Indian journal of veterinary science and animal husbandry - Volumes 15-17, 1948-1951
Year: 1948
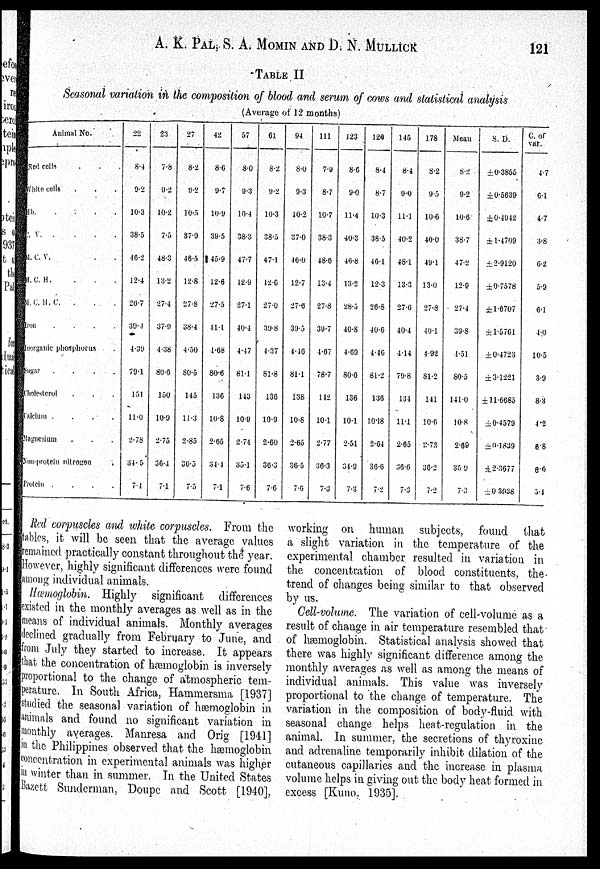
A. K. PAL, S. A. MOMIN AND D. N.
MULLICK
121
TABLE II
Seasonal variation in the composition of blood and serum of cows and statistical analysis
(Average of 12 months)
Animal No.
Red cells . . .
White cells . . .
Hb. . . . .
C.
V.
.
.
.
.
M. C. V. . .
M. C. H. . . . .
M. C. H. C. . . .
Iron
.
.
.
.
Inorganic phosphorus .
Sugar
.
.
.
.
Cholesterol . . .
Calcium
.
.
.
.
Magnesium . . .
Non-protein nitrogen .
Protein
.
.
.
.
22
8.4
9.2
10.3
38.5
46.2
12.4
26.7
39.4
4.39
79.1
151
11.0
2.78
34.5
7.4
23
7.8
9.2
10.2
7.5
48.3
13.2
27.4
37.9
4.38
80.6
150
10.9
2.75
36.4
7.1
27
8.2
9.2
10.5
37.9
46.5
12.8
27.8
38.4
4.50
80.5
145
11.3
2.85
36.5
7.5
42
8.6
9.7
10.9
39.5
45.9
12.6
27.5
41.1
4.68
80.6
136
10.8
2.65
34.4
7.1
57
8.0
9.3
10.4
38.3
47.7
12.9
27.1
40.4
4.47
81.1
143
10.9
2.74
35.1
7.6
61
8.2
9.2
10.3
38.5
47.1
12.6
27.0
39.8
4.37
81.8
136
10.9
2.60
36.3
7.6
94
8.0
9.3
10.2
37.0
46.0
12.7
27.6
39.5
4.46
81.1
138
10.8
2.65
36.5
7.6
111
7.9
8.7
10.7
38.3
48.6
13.4
27.8
39.7
4.67
78.7
142
10.1
2.77
36.3
7.3
123
8.6
9.0
11.4
40.3
46.8
13.2
28.5
40.8
4.69
80.6
136
10.1
2.51
34.9
7.3
124
8.4
8.7
10.3
38.5
46.1
12.3
26.8
40.6
4.46
81.2
136
10.18
2.64
36.6
7.2
145
8.4
9.0
11.1
40.2
48.1
13.3
27.6
40.4
4.14
79.8
134
11.1
2.65
36.6
7.3
178
8.2
9.5
10.6
40.0
49.1
13.0
27.8
40.1
4.92
81.2
141
10.6
2.72
36.2
7.2
Mean
8.2
9.2
10.6
38.7
47.2
12.9
27.4
39.8
4.51
80.5
141.0
10.8
2.69
35.9
7.3
S. D.
±0.3855
±0.5639
±0.4942
±1.4709
±2.9120
±0.7578
±1.6707
±1.5701
±0.4723
±3.1221
±11.6685
±0.4579
±0.1839
±2.3677
±0.3938
C. of
vat.
4.7
6.1
4.7
3.8
6.2
5.9
6.1
4.0
10.5
3.9
8.3
4.2
6.8
8.6
5.4
Red corpuscles and white corpuscles. From the
tables, it will be seen that the average values
remained practically constant throughout the year.
However, highly significant differences were found
among individual animals.
Hæmoglobin. Highly significant differences
existed in the monthly averages as well as in the
means of individual animals. Monthly averages
declined gradually from February to June, and
from July they started to increase. It appears
that the concentration of hæmoglobin is inversely
proportional to the change of atmospheric tem-
perature. In South Africa, Hammersma [1937]
studied the seasonal variation of hæmoglobin in
animals and found no significant variation in
monthly averages. Manresa and Orig [1941]
in the Philippines observed that the hæmoglobin
concentration in experimental animals was higher
in winter than in summer. In the United States
Bazett Sunderman, Doupe and Scott [1940],
working on human subjects, found that
a slight variation in the temperature of the
experimental chamber resulted in variation in
the concentration of blood constituents, the
trend of changes being similar to that observed
by us.
Cell-volume. The variation of cell-volume as a
result of change in air temperature resembled that
of hæmoglobin. Statistical analysis showed that
there was highly significant difference among the
monthly averages as well as among the means of
individual animals. This value was inversely
proportional to the change of temperature. The
variation in the composition of body-fluid with
seasonal change helps heat-regulation in the
animal. In summer, the secretions of thyroxine
and adrenaline temporarily inhibit dilation of the
cutaneous capillaries and the increase in plasma
volume helps in giving out the body heat formed in
excess [Kuno. 1935].